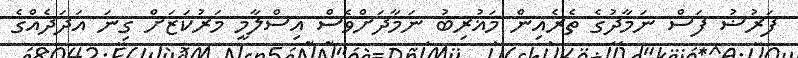
ފަރުޟު ފަސް ނަމާދުގެ ތެރެއިން މަޣުރިބު ނަމާދަށްވެސް އިސްލާމީ މަރުކަޒަށް ގިނަ އަދަދެއްގެ